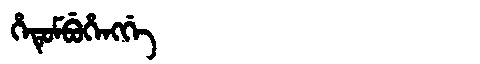
Manchu: ᡥᡝᡨᡠᠮᠪᡠᡥᡝᠩᡤᡝ
Romanization: HETUMBUHENGGE